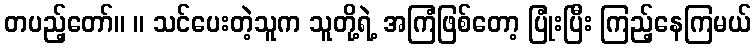
တပည့်တော်။ ။ သင်ပေးတဲ့သူက သူတို့ရဲ့ အကြံဖြစ်တော့ ပြုံးပြီး ကြည့်နေကြမယ်